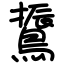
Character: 䳲